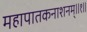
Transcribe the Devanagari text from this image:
महापातकनाशनम्‌॥१॥